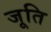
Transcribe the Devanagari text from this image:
जूति